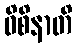
ဝိစိနာတိ